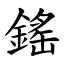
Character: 鎐